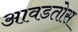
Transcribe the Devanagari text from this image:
आवडतोस